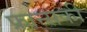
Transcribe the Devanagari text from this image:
फ्रान्सकी